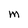
Character: M